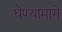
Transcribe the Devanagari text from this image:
घेण्यामागे